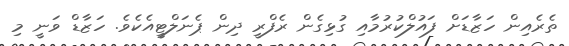
ތެރެއިން ހަޒާޑަށް ފައުލްކުރުމާއި ގުޅިގެން ރެފްރީ ދިން ޕެނަލްޓީއެކެވެ. ހަޒާޑް ވަނީ މި